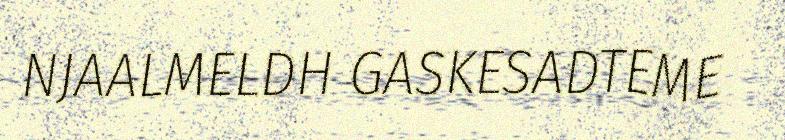
NJAALMELDH GASKESADTEME